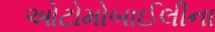
ઓટોમોબાઈલીના